Report on certain features of malaria in the island of Salsette
Disease focus: Malaria
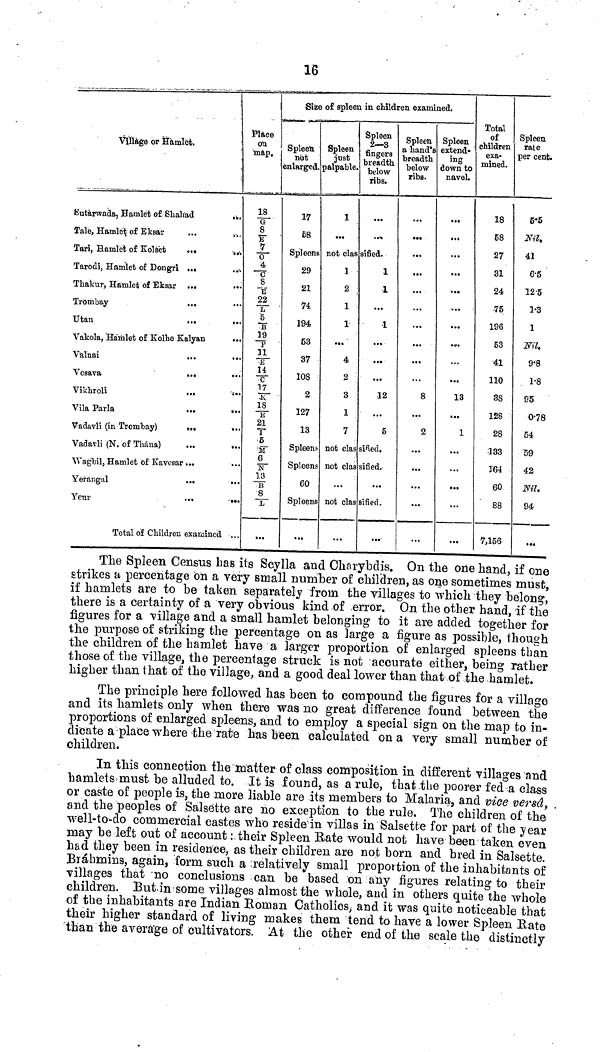
16
Village or Hàmlet,
Sutarwada, Hamlet of Shahad
Tale, Hamlet of Eksar
Tari, Hamlet of Kolset
...
Tarodi, Hamlet of Dongri ...
Thakur, Hamlet of Eksar ...
Trombay
...
Utan
Vakola, Hamlet of Kolhe Kalyan
Valnai
Vesava
Vikhroli
Vila Parla
Vadavli (in Trombay)
Vadavli (N. of Thána)
Wagbil, Hamlet of Kavesar ...
Yerangal
Yeur
Total of Children examined ..
Place
on
map.
18
G
8
E 7
0
4
C
8/E
22/ L
5/B
19/F
31/E
14/C
17/ K
18/E
21/I
5/M
6
13/B
8/L
...
Size of Spleen in children examined.
Spleen
not
enlarged.
17
58
Spleens
29
21
74
194
53
37
108
2
127
13
Spleen
just
palpable.
1
...
Spleen
2—3
fingers
breadth
below
ribs.
...
not classified.
1
2
1
1
...
4
2
3
1
7
1
1
...
1
...
...
...
12
...
5
Spleens not classified,
Spleens not classified.
60
...
...
Spleens not classified.
...
...
...
Spleen
a hand's
breadth
below
ribs.
...
...
...
...
...
...
...
...
...
...
8
...
2
...
...
...
...
...
Spleen
extend-
ing
down to
navel.
...
...
...
...
...
...
...
...
13
...
1
...
...
...
...
...
Total
of
children
exa-
mined.
18
58
27
31
24
-75
196
53
41
110
38
128
28
133
164
60
88
7,156
Spleen
rate
per cent.
5.5
Nil,
41
6.5
12.5
1.3
1
Nil.
9.8
1.8
95
0.78
54
59
42
Nil.
94
...
The Spleen Census has its Scylla and Charybdis. On the one hand, if one
strikes a percentage on a very small number of children, as one sometimes must,
if hamlets are to he taken separately from the villages to which they belong,
there is a certainty of a very obvious kind of error. On the other hand, if the
figures for a village and a small hamlet belonging to it are added together for
the purpose of striking the percentage on as large a figure as possible, though
the children of the hamlet have a larger proportion of enlarged spleens than
those of the village, the percentage struck is not accurate either, being rather
higher than that of the village, and a good deal lower than that of the hamlet.
The principle here followed has been to compound the figures for a village
and its hamlets only when there was no great difference found between the
proportions of enlarged spleens, and to employ a special sign on the map to in-
dicate a place where the rate has been calculated on a very small number of
children.
In this connection the matter of class composition in different villages and
hamlets must be alluded to. It is found, as a rule, that the poorer fed a class
or caste of people is, the more liable are its members to Malaria, and vice versa,
and the peoples of Salsette are no exception to the rule. The children of the
well-to-do commercial castes who reside in villas in Salsette for part of the year
may be left out of account : their Spleen Hate would not have been taken even
had they been in residence, as their children are not born and bred in Salsette.
Brahmins, again, form such a ¡relatively small proportion of the inhabitants of
villages that no conclusions can be based on any figures relating to their
children. But in some villages almost the whole, and in others quite the whole
of the inhabitants are Indian Roman Catholics, and it was quite noticeable that
their higher standard of living makes them tend to have a lower Spleen Rate
than the average of cultivators. At the other end of the scale the distinctly